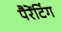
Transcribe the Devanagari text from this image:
पैरेंटिंग